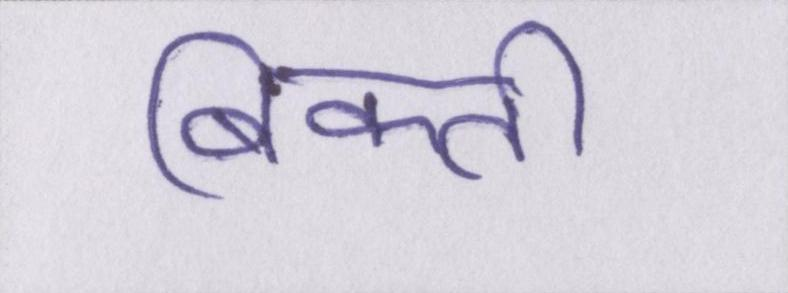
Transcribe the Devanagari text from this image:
बिकती